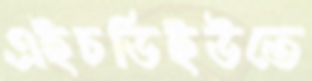
এইচডিইউতে